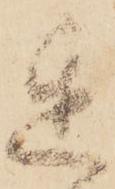
遅